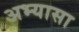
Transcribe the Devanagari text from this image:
अभ्यासा